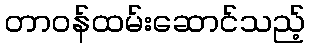
တာဝန်ထမ်းဆောင်သည့်